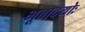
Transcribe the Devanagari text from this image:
भूवादयोः